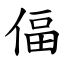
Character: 偪